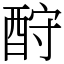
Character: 酧